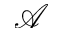
\mathcal { A }